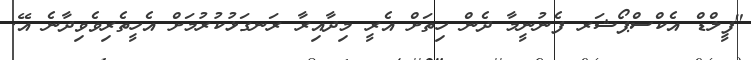
"ފީލްޑް އެކްސްޕޯޝަރ ފެނުނީމާ ދެން ހިތަށް އެރީ މިދާއިރާ ރަނގަޅުކުރުމަށް އެހީތެރިވެވިދާނެ އޭ.